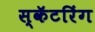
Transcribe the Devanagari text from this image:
स्कॅटरिंग